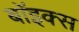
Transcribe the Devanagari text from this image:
बाॅइक्स